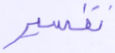
تفسير